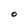
Character: O